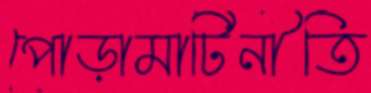
পোড়ামাটিনীতি